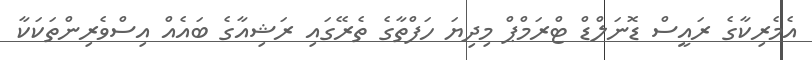
އެމެރިކާގެ ރައީސް ޑޮނަލްޑް ޓްރަމްޕް މިދިޔަ ހަފްތާގެ ތެރޭގައި ރަޝިއާގެ ބައެއް އިސްވެރިންތަކަކާ